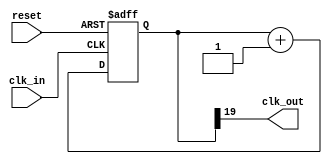
module 		freq_div(clk_in,reset,clk_out);

parameter	exp = 20;   
input		clk_in, reset;
output		clk_out;
reg			[exp-1:0] divider;
integer 	i;

assign 	clk_out= divider[exp-1];

always@ (posedge clk_in or posedge reset)
begin
	if(reset)
		for(i=0; i < exp; i=i+1)
		divider[i] = 1'b0;
	else
		divider = divider+ 1'b1;
end
endmodule